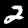
Label: 2